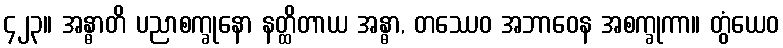
၄၂၃။ အန္ဓာတိ ပညာစက္ခုနော နတ္ထိတာယ အန္ဓာ, တဿေဝ အဘာဝေန အစက္ခုကာ။ တွံယေဝ